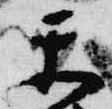
楽